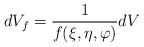
\begin{align*}dV_{f} = \frac{1}{f(\xi, \eta, \varphi )}dV\end{align*}